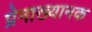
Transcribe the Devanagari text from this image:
प्रेमाख्यानक